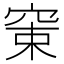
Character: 𥦈